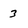
Character: 3